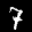
Label: 7